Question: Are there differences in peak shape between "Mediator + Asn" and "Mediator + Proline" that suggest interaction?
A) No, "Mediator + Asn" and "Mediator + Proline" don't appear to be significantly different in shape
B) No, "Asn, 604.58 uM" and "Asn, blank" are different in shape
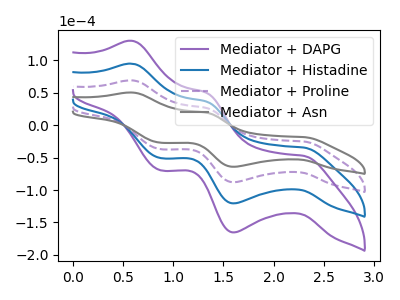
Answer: <think>The purple curve "Mediator + DAPG" has anodic peaks at (0.60V, 207.70uA) (1.35V, 79.90uA) and cathodic peaks at (2.30V, -75.35uA) (1.60V, -263.60uA) (0.85V, -110.80uA). The blue curve "Mediator + Histadine" has anodic peaks at (0.60V, 138.45uA) (1.35V, 53.25uA) and cathodic peaks at (2.30V, -50.20uA) (1.60V, -175.75uA) (0.85V, -73.85uA). The purple dashed curve "Mediator + Proline" has anodic peaks at (0.60V, 69.25uA) (1.35V, 26.65uA) and cathodic peaks at (2.30V, -25.10uA) (1.60V, -87.85uA) (0.85V, -36.95uA). The gray curve "Mediator + Asn" has anodic peaks at (0.60V, 50.50uA) (1.35V, 19.40uA) and cathodic peaks at (2.30V, -18.30uA) (1.60V, -64.05uA) (0.85V, -26.95uA).
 All the peaks in "Mediator + Asn" have a peak in "Mediator + Proline" at the same potential. Every peak in "Mediator + Asn" is lower than every peak in "Mediator + Proline".</think>
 <answer>A) No, "Mediator + Asn" and "Mediator + Proline" don't appear to be significantly different in shape</answer>
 <eval>A</eval>